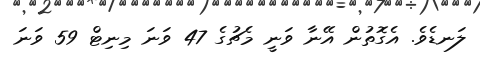
ލަނޑެވެ. އެގޮތުން އޭނާ ވަނީ މެޗުގެ 47 ވަނަ މިނިޓް 59 ވަނަ